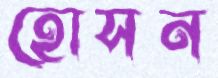
হোসন